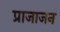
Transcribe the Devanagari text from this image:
प्राजाजन